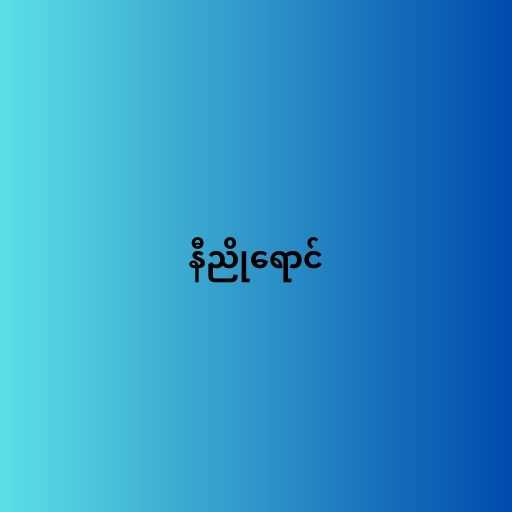
နီညိုရောင်